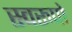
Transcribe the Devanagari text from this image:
स्वरुपो